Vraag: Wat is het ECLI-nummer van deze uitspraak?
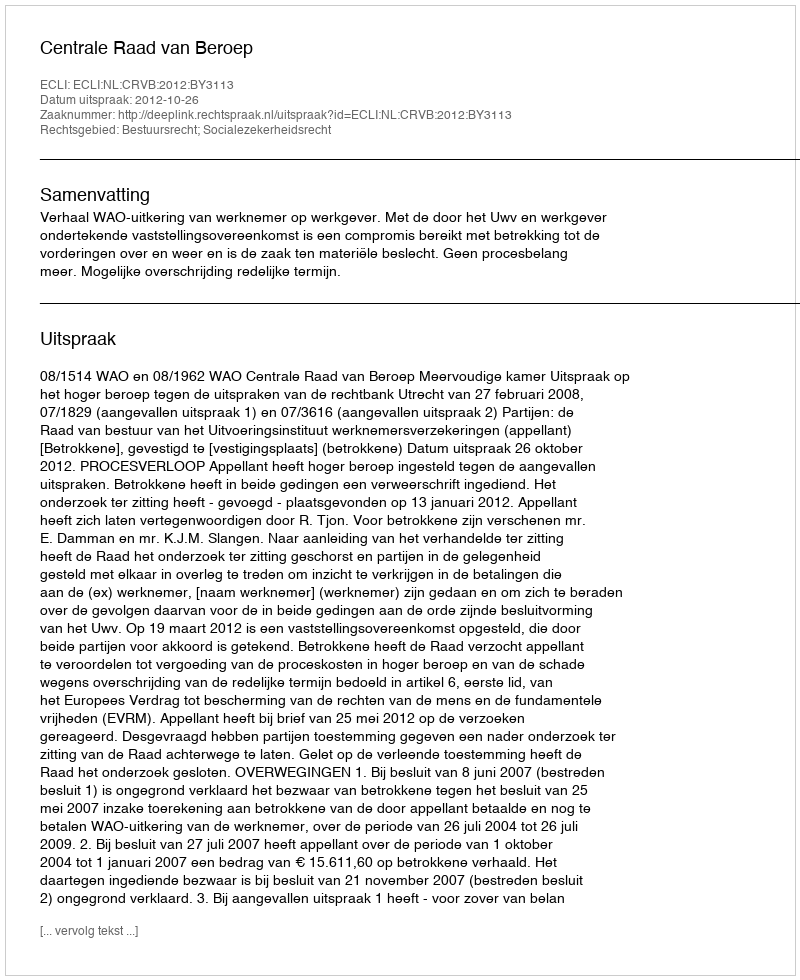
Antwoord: ECLI:NL:CRVB:2012:BY3113